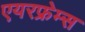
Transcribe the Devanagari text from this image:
एयरफ्रेम्स